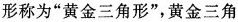
形称为”黄金三角形”，黄金三角